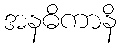
အနဓိကာနိ